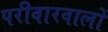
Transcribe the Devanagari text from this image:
परीवारवालों